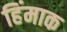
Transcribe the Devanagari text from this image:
हिंमाक